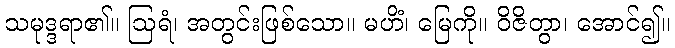
သမုဒ္ဒရာ၏။ ဩရံ၊ အတွင်းဖြစ်သော။ မဟိံ၊ မြေကို။ ဝိဇိတွာ၊ အောင်၍။